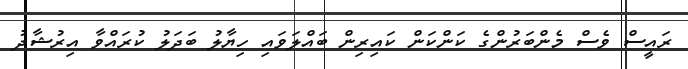
ރައީސް ވެސް މެންބަރުންގެ ކަންކަން ކައިރިން ބައްލަވައި ހިޔާލު ބަދަލު ކުރައްވާ އިރުޝާދު